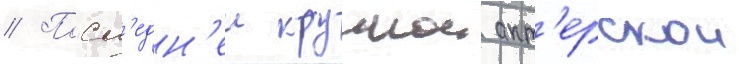
// Посл'едн'еи крупнои акт'ерскои